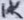
Text: 1K